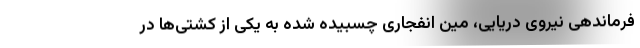
فرماندهی نیروی دریایی، مین انفجاری چسبیده شده به یکی از کشتی‌ها در